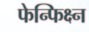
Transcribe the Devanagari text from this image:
फेन्फिक्ष्न